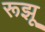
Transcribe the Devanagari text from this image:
रूझू